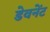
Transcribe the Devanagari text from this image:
डेवनेंट